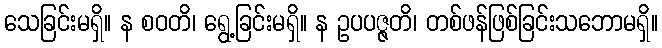
သေခြင်းမရှိ။ န စဝတိ၊ ရွေ့ခြင်းမရှိ။ န ဥပပဇ္ဇတိ၊ တစ်ဖန်ဖြစ်ခြင်းသဘောမရှိ။